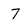
Character: 7